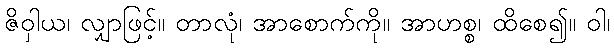
ဇိဝှါယ၊ လျှာဖြင့်။ တာလုံ၊ အာစောက်ကို။ အာဟစ္စ၊ ထိစေ၍။ ဝါ၊